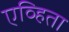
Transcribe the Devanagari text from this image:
एव्हिता